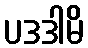
ပဒဒါမိ